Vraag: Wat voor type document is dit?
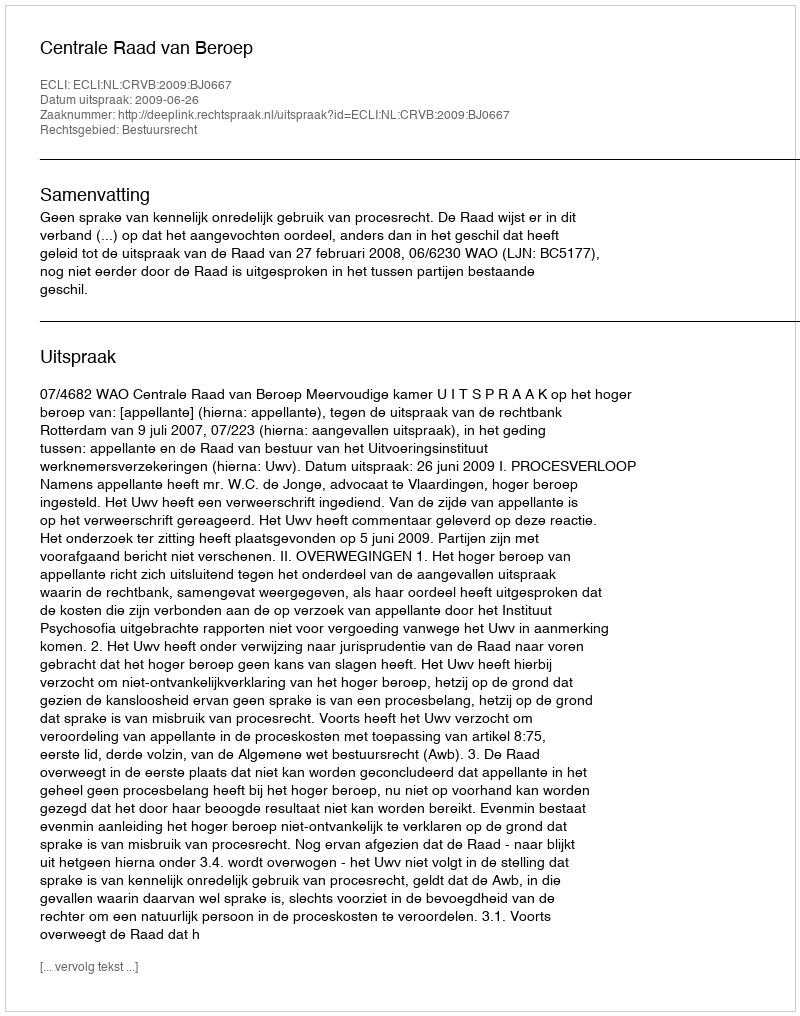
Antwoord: Uitspraak